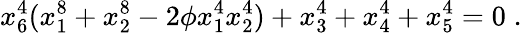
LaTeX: x_{6}^{4}(x_{1}^{8}+x_{2}^{8}-2\phi x_{1}^{4}x_{2}^{4})+x_{3}^{4}+x_{4}^{4}+x_{5}^{4}=0\; .